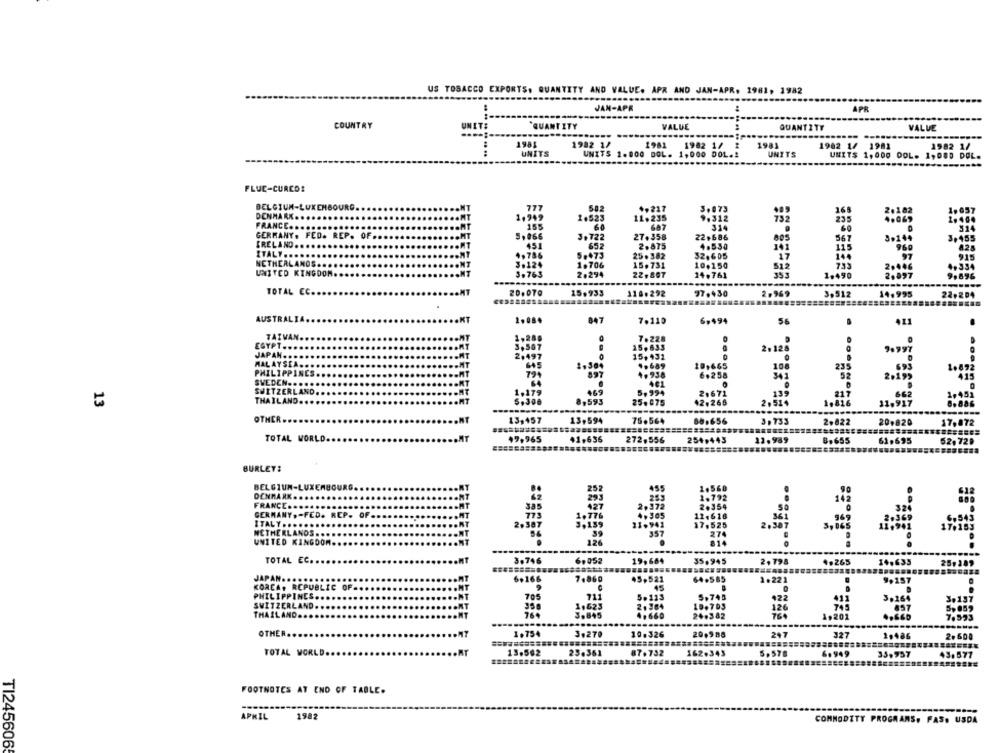
US TOBACCO EXPORTS. QUANTITY AND VALUE. APR AND JAN-APR. 1981, 1982
JAM-APR
.. .
APR
COUNTRY
UNITS
VALUE
QUANTITY
VALVE
1981
1982 1/
1981
1982 1/ 2
1981
1902 1/ 1981
1982 1/
UNITS
UNITS 1.000 DOL. 1,000 001 .!
UNITS
UNITS 1,000 DOL. 1,000 DOL.
FLUE-CURCOS
BELGIUM-LUXEMBOURG.
77
502
+,217
3.073
2.182
1.057
DENMARK ..
1.949
1.523
11.235
9.312
732
155
60
FRANCE .....
334
GERMANY. FED. REP. OF ..
1.866
3,722
27.358
22,686
367
3014ª
3,455
IRELAND ..
2.875
4.530
301
ITALY ....
4.786
5.473
25.382
32.605
NETHERLANDS ...
15.731
.17
3+124
10+156
512
30000
UNITED KINGDOM ..
3.763
2.294
22,897
34.761
10490
TOTAL EC.
20.070
15.933
110.292
97.430
2.969
3,912
AUSTRALIA.
2.08.
847
7.110
6,494
56
TAIVAN.
1,28g
7.228
EGYPT .......
15.633
2,497
2.125
JAPAN .........
15, 431
MALAYSIA .....
645
1.30+
4.689
10,665
108
235
1.892
PHILIPPINES ..
897
4.938
SVEDEN ......
461
72
SWITZERLAND ...
8, 994
21671
133
13
THAILAND .....
8,595
25.075
2,51
OTHER
13,457
75.564
13,594
06.656
3,733
2.022
20,020
17.872
TOTAL WORLD ...
19,965
24.696 272,556
2500445
6.695
61.693
BURLEY:
BELGIUN-LUXERE
DENMARK ..
FRANCE ....
GERMANY ,- FED. REP. OF .
ITALY .....
NETHERLANDS ..
UNITED KINGDOM ..
.....
126
TOTAL EC.
3.746
6,052
19,60
35,945
2.198
.. 265
14. 635
6.166
KOREA, REPUBLIC
7,86
1.22)
9,15
PHILIPPINES ....
SWITZERLAND ....
THAILAND .......
1,20
OTHER
1.750
3.270
10.326
20.988
247
327
2.600
TOTAL WORLD ..
13.562
23.361
07.732
162-345
33. 937
FOOTNOTES AT END OF TABLE.
APKIL
1982
COMMODITY PROGRAMS. PAS. USDA
TI2456065